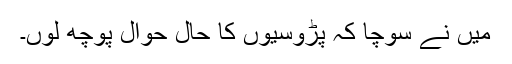
میں نے سوچا کہ پڑوسیوں کا حال حوال پوچھ لوں۔